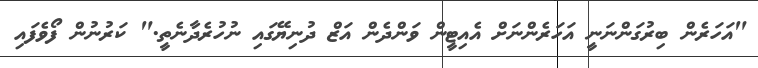
"އަހަރެން ބިރުގަންނަނީ އަހަރެންނަށް އެއިޓީން ވަންދެން އަޒް ދުނިޔޭގައި ނުހުރެދާނެތީ." ކަރުނުން ފޯވެފައި